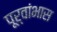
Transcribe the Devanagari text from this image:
पूर्वांभास